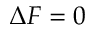
\Delta F = 0